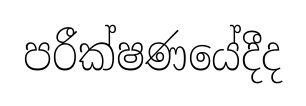
පරීක්ෂණයේදීද